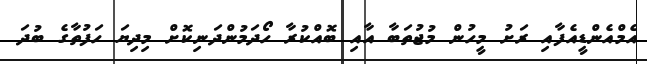
އެމްއެންޑީއެފާއި ރަށު މީހުން މުޖުތަބާ އާއި ބޮއްކުރާ ހޯދަމުންދަނިކޮށް މިދިޔަ ހަފުތާގެ ބުދަ